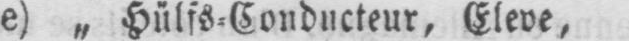
e) „ Hülfs⸗Conducteur, Eleve,